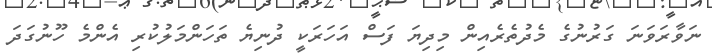
ނަވާރަވަނަ ގަރުނުގެ މެދުތެރެއިން މިދިޔަ ފަސް އަހަރަކީ ދުނިޔެ ތަހަންމަލުކުރި އެންމެ ހޫނުގަދަ